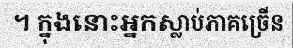
។ ក្នុងនោះអ្នកស្លាប់ភាគច្រើន